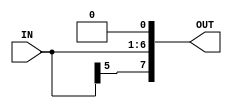
module IMMPC(IN, OUT);
	
	input [5:0] IN;
	output [7:0]OUT;
	
	wire [7:0]OUT;
	
	assign OUT[6:1] = IN[5:0];
	
	assign OUT[0] = 0;
	
	assign OUT[7] = IN[5];

endmodule